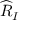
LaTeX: { \widehat { R } } _ { I }